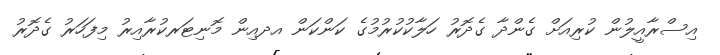
އިސްރާއީލުން ކުރިއަށް ގެންދާ ގެދޮރު ހަލާކުކުރުމުގެ ކަންކަން އދއިން މޮނިޓަރކުރާއިރު މިފަހަރު ގެދޮރު